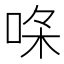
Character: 𠳸